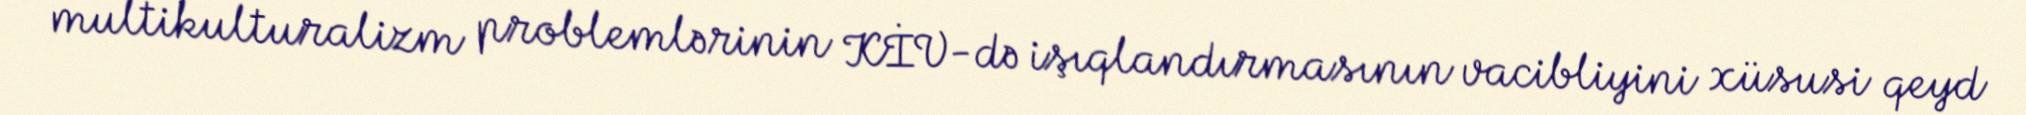
multikulturalizm problemlərinin KİV-də işıqlandırmasının vacibliyini xüsusi qeyd